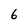
Character: 6